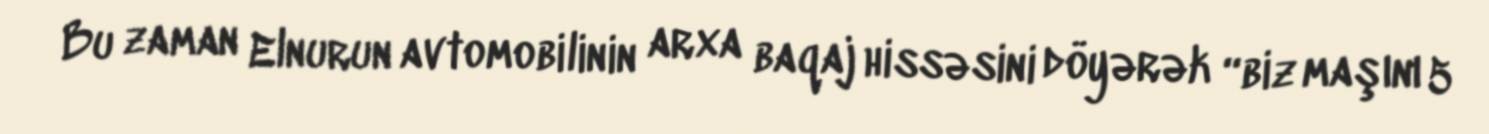
Bu zaman Elnurun avtomobilinin arxa baqaj hissəsini döyərək “biz maşını 5